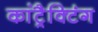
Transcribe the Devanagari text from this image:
कांट्रैक्टिंग